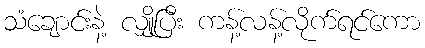
သံချောင်းနဲ့ လျှိုပြီး ကန့်လန့်လိုက်ရင်ကော